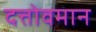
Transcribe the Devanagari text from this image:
दत्तोवमान